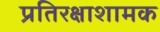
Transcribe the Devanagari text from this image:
प्रतिरक्षाशामक